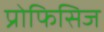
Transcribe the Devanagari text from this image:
प्रोफिसिज